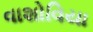
વાશોવિયા